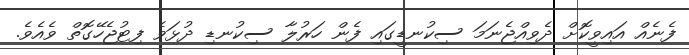
ފެނެއް އައިވީކޮށް ދެވިއްޖެނަމަ ސިކުނޑީގައި ފެން ހަރުލާ ސިކުނޑި ދުޅަވެ ފިޓުޖެހޭގޮތް ވެއެވެ.